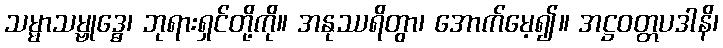
သမ္မာသမ္ဗုဒ္ဓေ၊ ဘုရားရှင်တို့ကို။ အနုဿရိတွာ၊ အောက်မေ့၍။ အဋ္ဌဝတ္တပဒါနိ၊